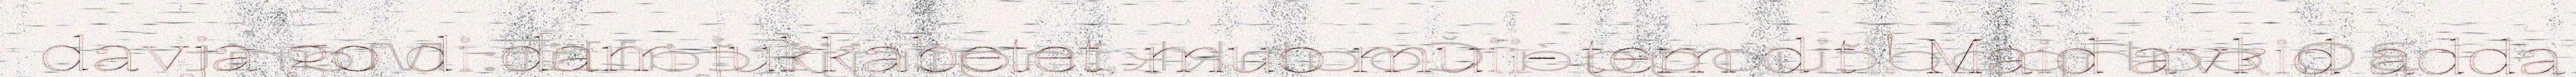
davja go di dam jukkabetet, muo muii- tem diti! Maid avkid adda